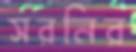
সরনির